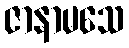
ဇာနာမသေ